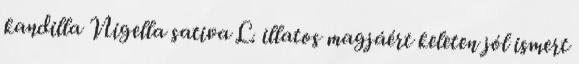
kandilla Nigella sativa L. illatos magjáért keleten jól ismert